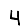
Digit: 4